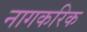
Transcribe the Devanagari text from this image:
नागकरिक